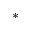
\ast